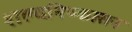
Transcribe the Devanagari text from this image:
शल्यनिष्कासन